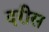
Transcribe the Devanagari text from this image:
दरीस